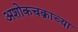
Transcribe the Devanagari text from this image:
अशोकचक्राच्या